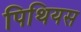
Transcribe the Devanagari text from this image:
पिथियस